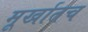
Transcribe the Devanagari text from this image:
मूर्खातच